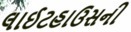
લાઈટહાઉસની